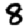
Digit: 8